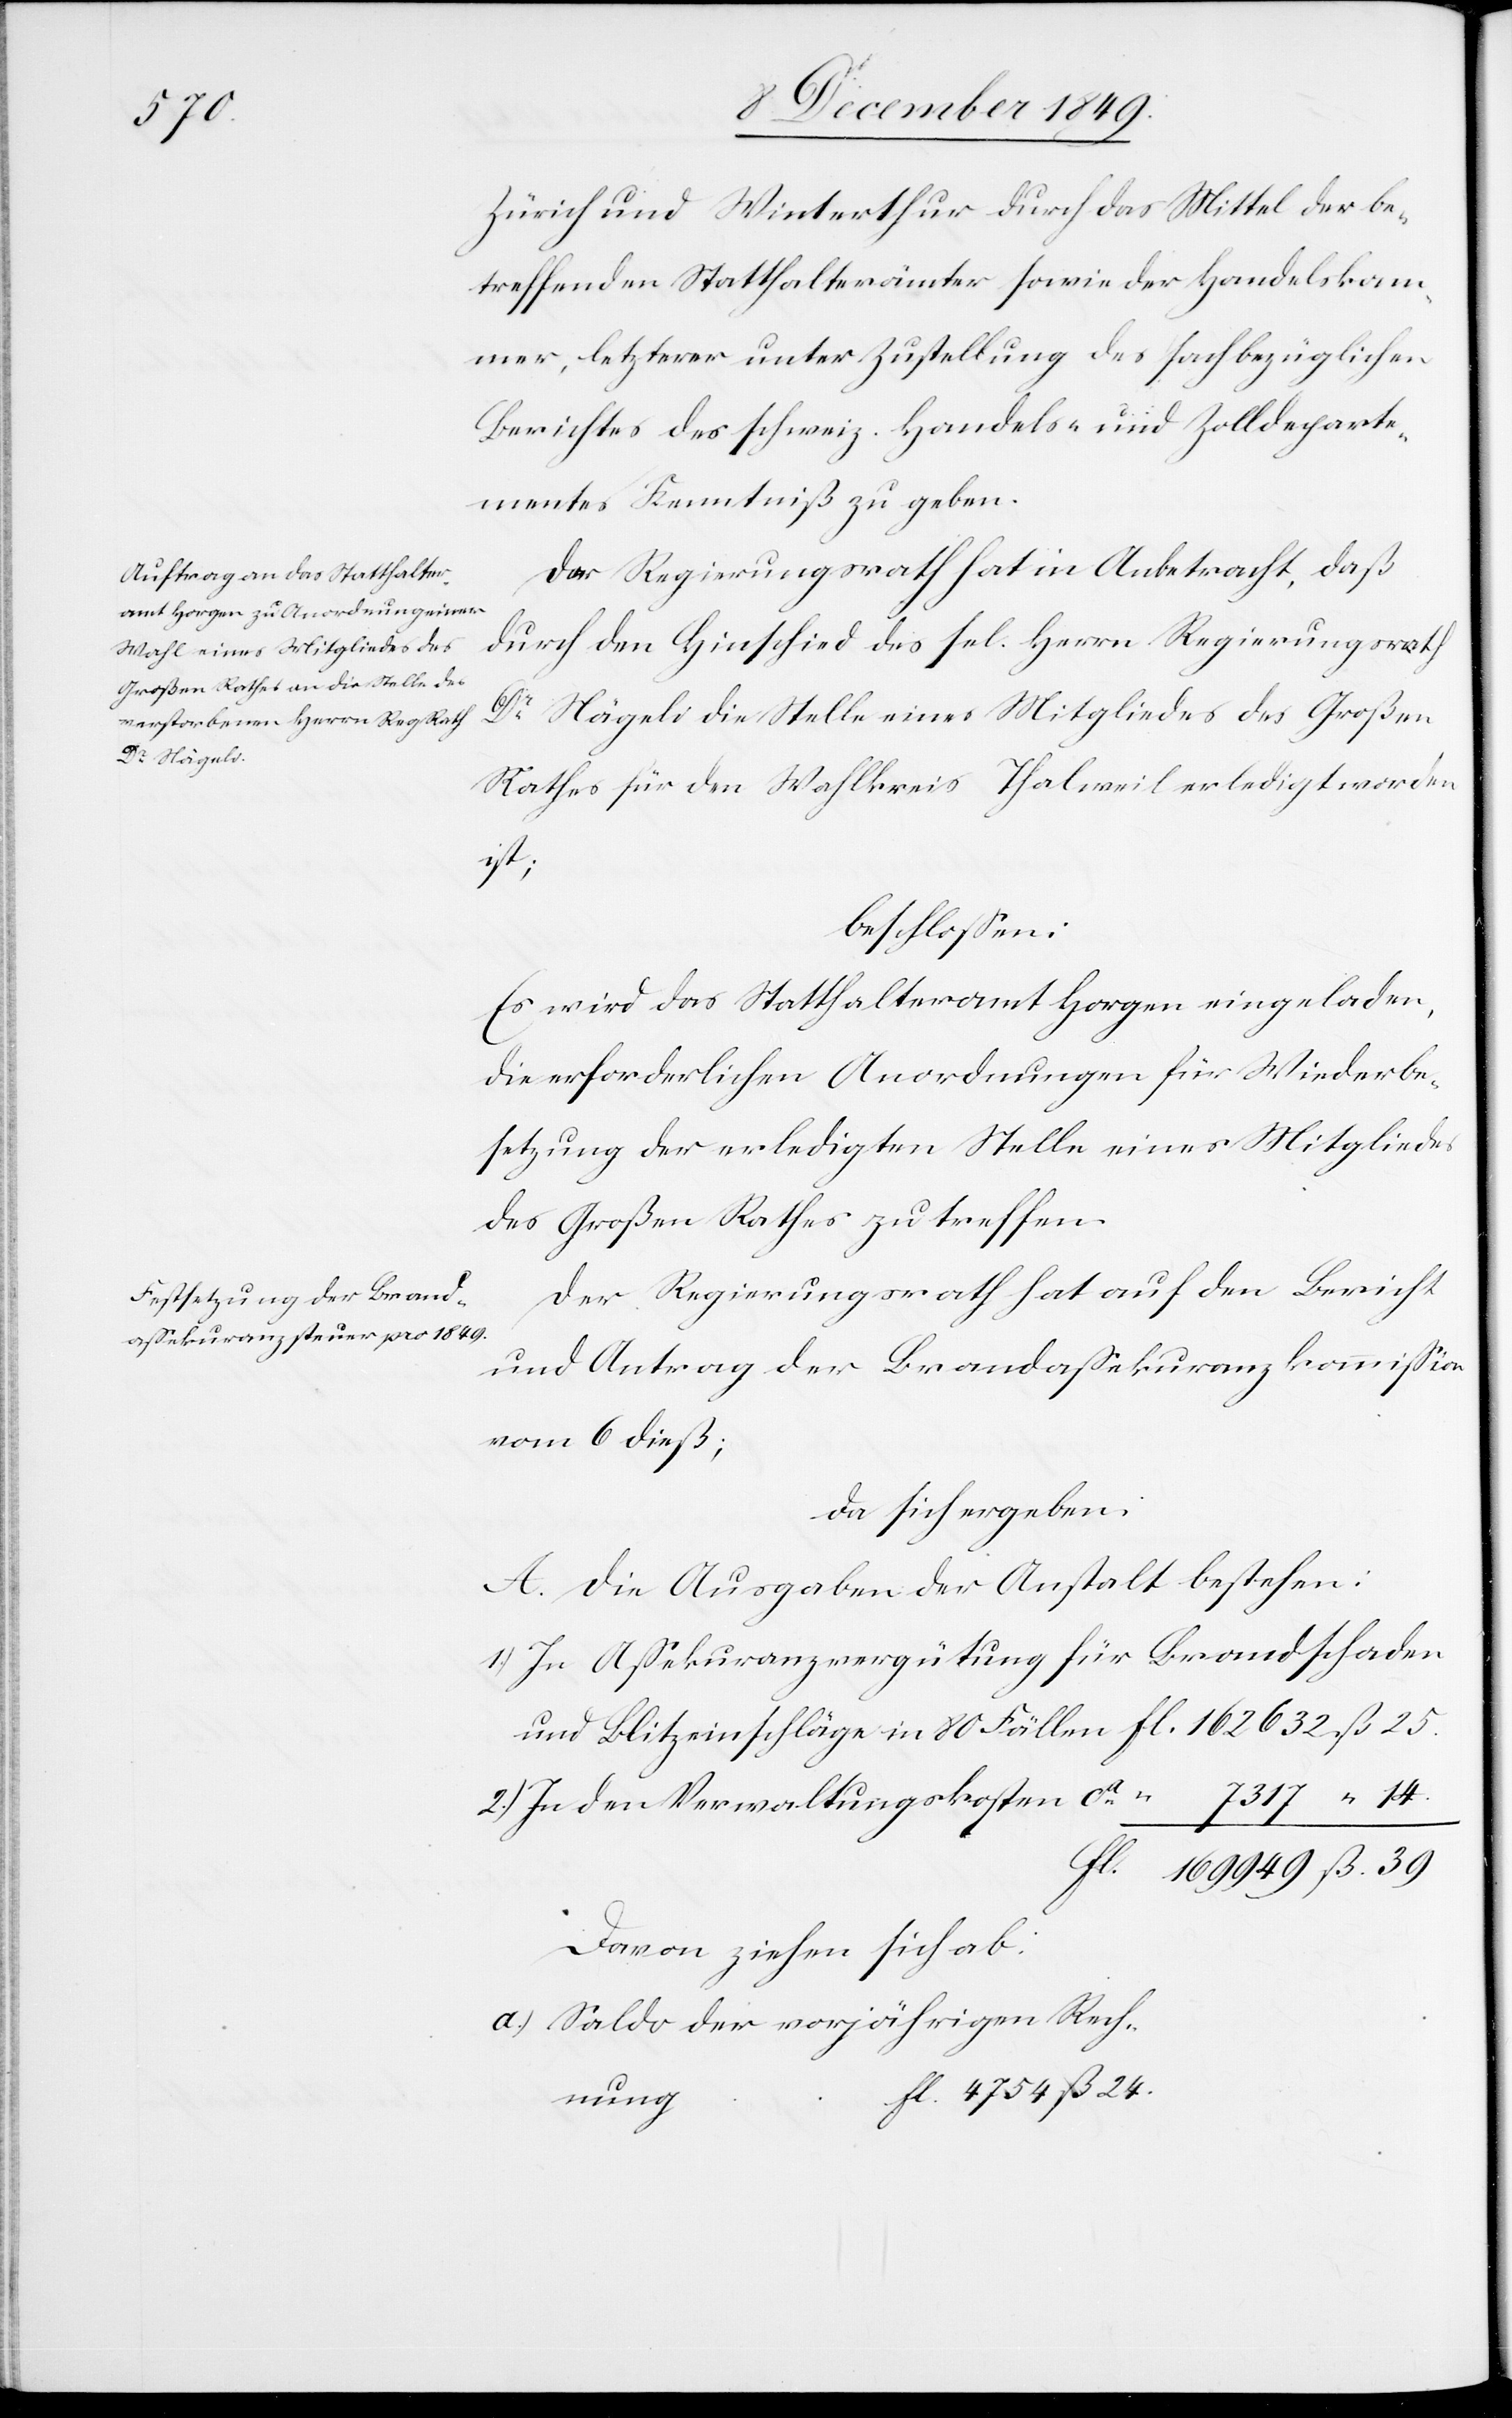
g				f¬

Zürich und Winterthur durch das Mittel der be¬
treffenden Statthalterämter sowie der Handelskam¬
mer, letzterer unter Zustellung des fachbezüglichen
Berichtes des schweiz. Handels- und Zolldeparte¬
mentes Kenntniß zu geben.
Der Regierungsrath hat in Anbetracht, daß
durch den Hinschied des sel. Herrn Regierungsrath
Dr Nägeli die Stelle eines Mitgliedes des Großen
Rathes für den Wahlkreis Thalweil erledigt worden
nun¬
beschloßen:
Es wird das Statthalteramt Horgen eingeladen,
die erforderlichen Anordnungen für Wieder¬
setzung der erledigten Stelle eines Mitgliedes
des Großen Rathes zu treffen.
Der Regierungsrath hat den Bericht
und Antrag der Brandaßekuranzkommißion
vom 6 dieß;
da sich ergeben:
A. Die Ausgaben der Anstalt bestehen:
1.) In Aßekuranzvergütung für Brandschaden
2.) In den Verwaltungskosten ca
fl. 169949 ß 39.
Davon ziehen sich ab:
a.) Saldo der vorjährigen Rech¬
l. 4754 ß 24.